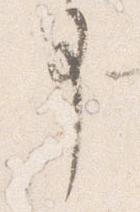
事